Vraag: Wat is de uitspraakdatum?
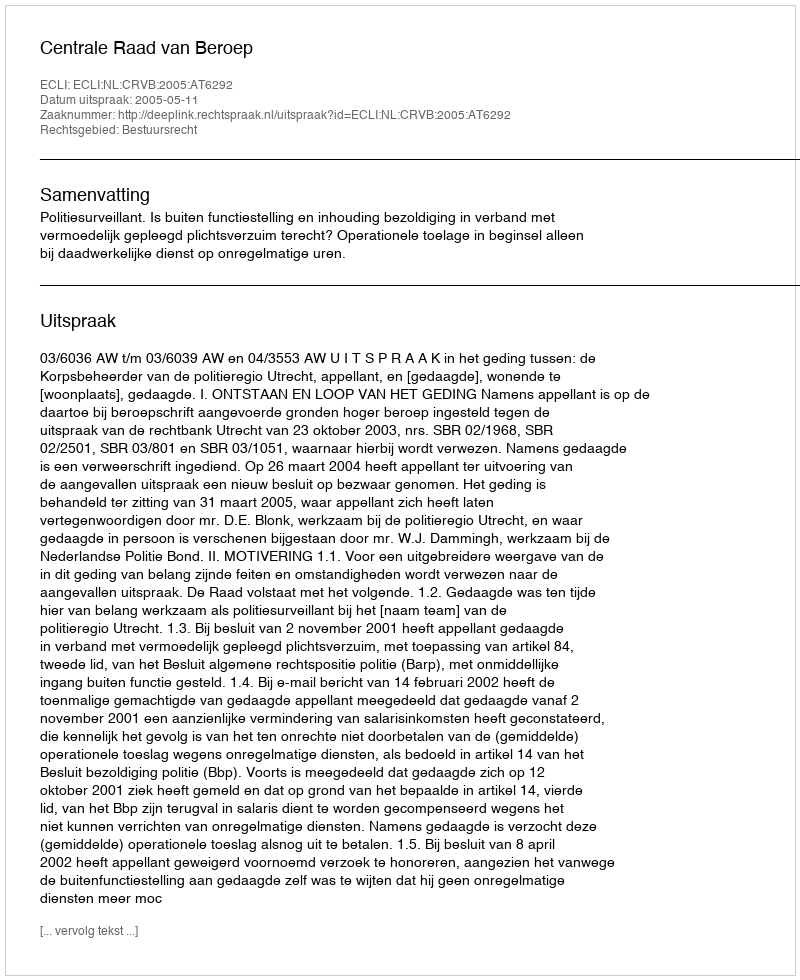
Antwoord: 2005-05-11